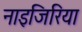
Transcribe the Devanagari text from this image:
नाइजिरिया